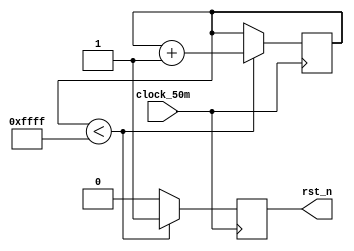
module reset_delay (clock_50m, rst_n);//Reset delay 65536 * 20ns
input clock_50m;
output rst_n;
reg [15: 0] cnt;
reg rst_n;

always @ (posedge clock_50m)
begin
if (cnt <16'hffff)
begin
cnt <= cnt + 1;
rst_n <= 1;
end
else
rst_n <= 0; 
end
endmodule